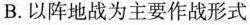
B.以阵地战为主要作战形式